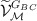
\begin{align*}\widetilde{\mathcal V}_{\mathcal M}^{G_{\scriptsize BC}}\end{align*}